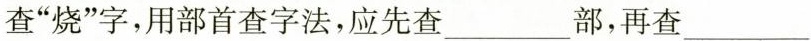
查”烧”字，用部首查字法，应先查___部，再查___